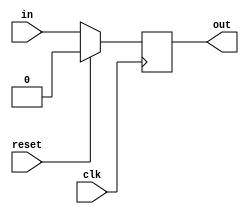
module sequential_element (
    input wire clk,
    input wire reset,
    input wire in,
    output reg out
);

always @(posedge clk) begin
    if (reset) begin
        out <= 0;
    end else begin
        // perform any necessary logic based on input signals
        // update internal registers or perform other operations here
        out <= in;
    end
end

endmodule